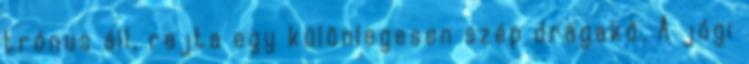
trónus áll, rajta egy különlegesen szép drágakő. A jógi